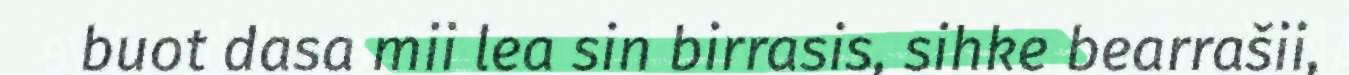
buot dasa mii lea sin birrasis, sihke bearrašii,